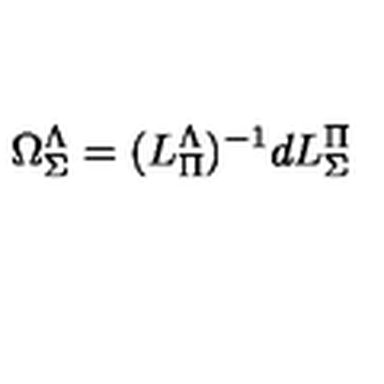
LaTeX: \Omega _ { \Sigma } ^ { \Lambda } = ( L _ { \Pi } ^ { \Lambda } ) ^ { - 1 } d L _ { \Sigma } ^ { \Pi }